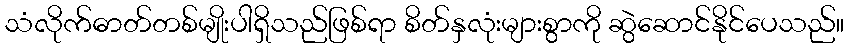
သံလိုက်ဓာတ်တစ်မျိုးပါရှိသည်ဖြစ်ရာ စိတ်နှလုံးများစွာကို ဆွဲဆောင်နိုင်ပေသည်။